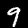
Digit: 9